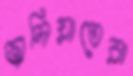
জালিয়াতেরা